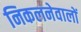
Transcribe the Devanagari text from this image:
निकलनेवालों